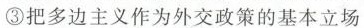
③把多边主义作为外交政策的基本立场